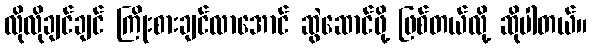
လိုလိုချင်ချင် ကြိုးစားချင်လာအောင် ဆွဲဆောင်ဖို့ ဖြစ်တယ်လို့ ဆိုပါတယ်။